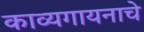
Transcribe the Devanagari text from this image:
काव्यगायनाचे